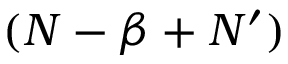
( N - \beta + N ^ { \prime } )